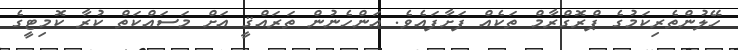
ހޭލުންތެރިކަމުގެ ޕްރޮގްރާމް ތަކެއް ފަށާފައެވެ. އަންހެނުން ތަރައްޤީ އަށް މަސައްކަތް ކުރާ ކޮމިޓީގެ